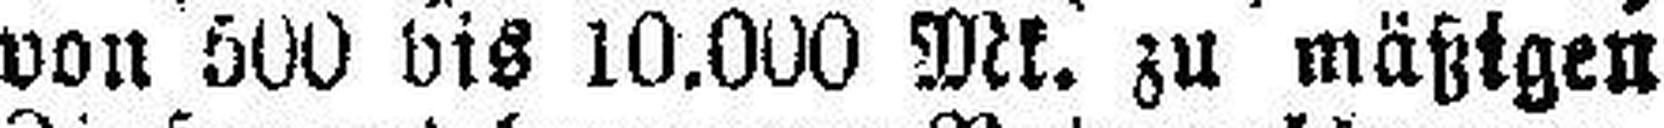
von 500 bis 10.000 Mk. zu mäßigen